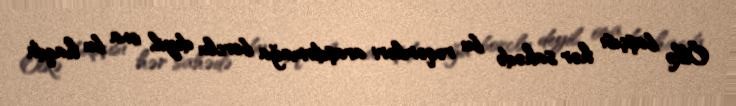
Ölkə başçısı hər sahədə bu rəqəmləri araşdırmağa borclu deyil, ona bu haqda